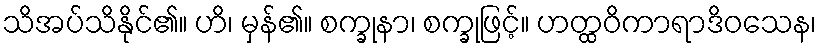
သိအပ်သိနိုင်၏။ ဟိ၊ မှန်၏။ စက္ခုနာ၊ စက္ခုဖြင့်။ ဟတ္ထဝိကာရာဒိဝသေန၊